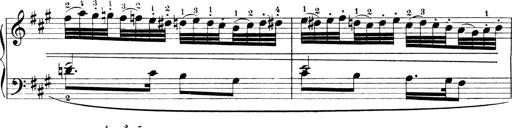
Title: 4 Sonatines
Composer: Max Reger